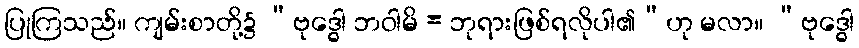
ပြုကြသည်။ ကျမ်းစာတို့၌ “ဗုဒ္ဓေါ ဘဝါမိ = ဘုရားဖြစ်ရလိုပါ၏”ဟု မလာ။ “ဗုဒ္ဓေါ